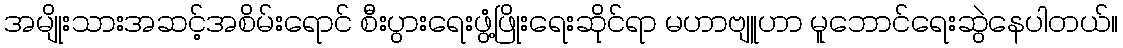
အမျိုးသားအဆင့်အစိမ်းရောင် စီးပွားရေးဖွံ့ဖြိုးရေးဆိုင်ရာ မဟာဗျူဟာ မူဘောင်ရေးဆွဲနေပါတယ်။